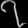
Digit: ၇